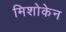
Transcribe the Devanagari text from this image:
मिशोकेन